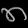
Digit: ၈